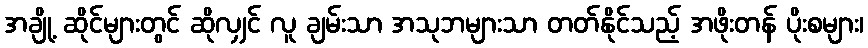
အချို့ ဆိုင်များတွင် ဆိုလျှင် လူ ချမ်းသာ အသုဘများသာ တတ်နိုင်သည့် အဖိုးတန် ပိုးစများ၊